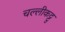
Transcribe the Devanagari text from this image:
चल्लीकट्टु